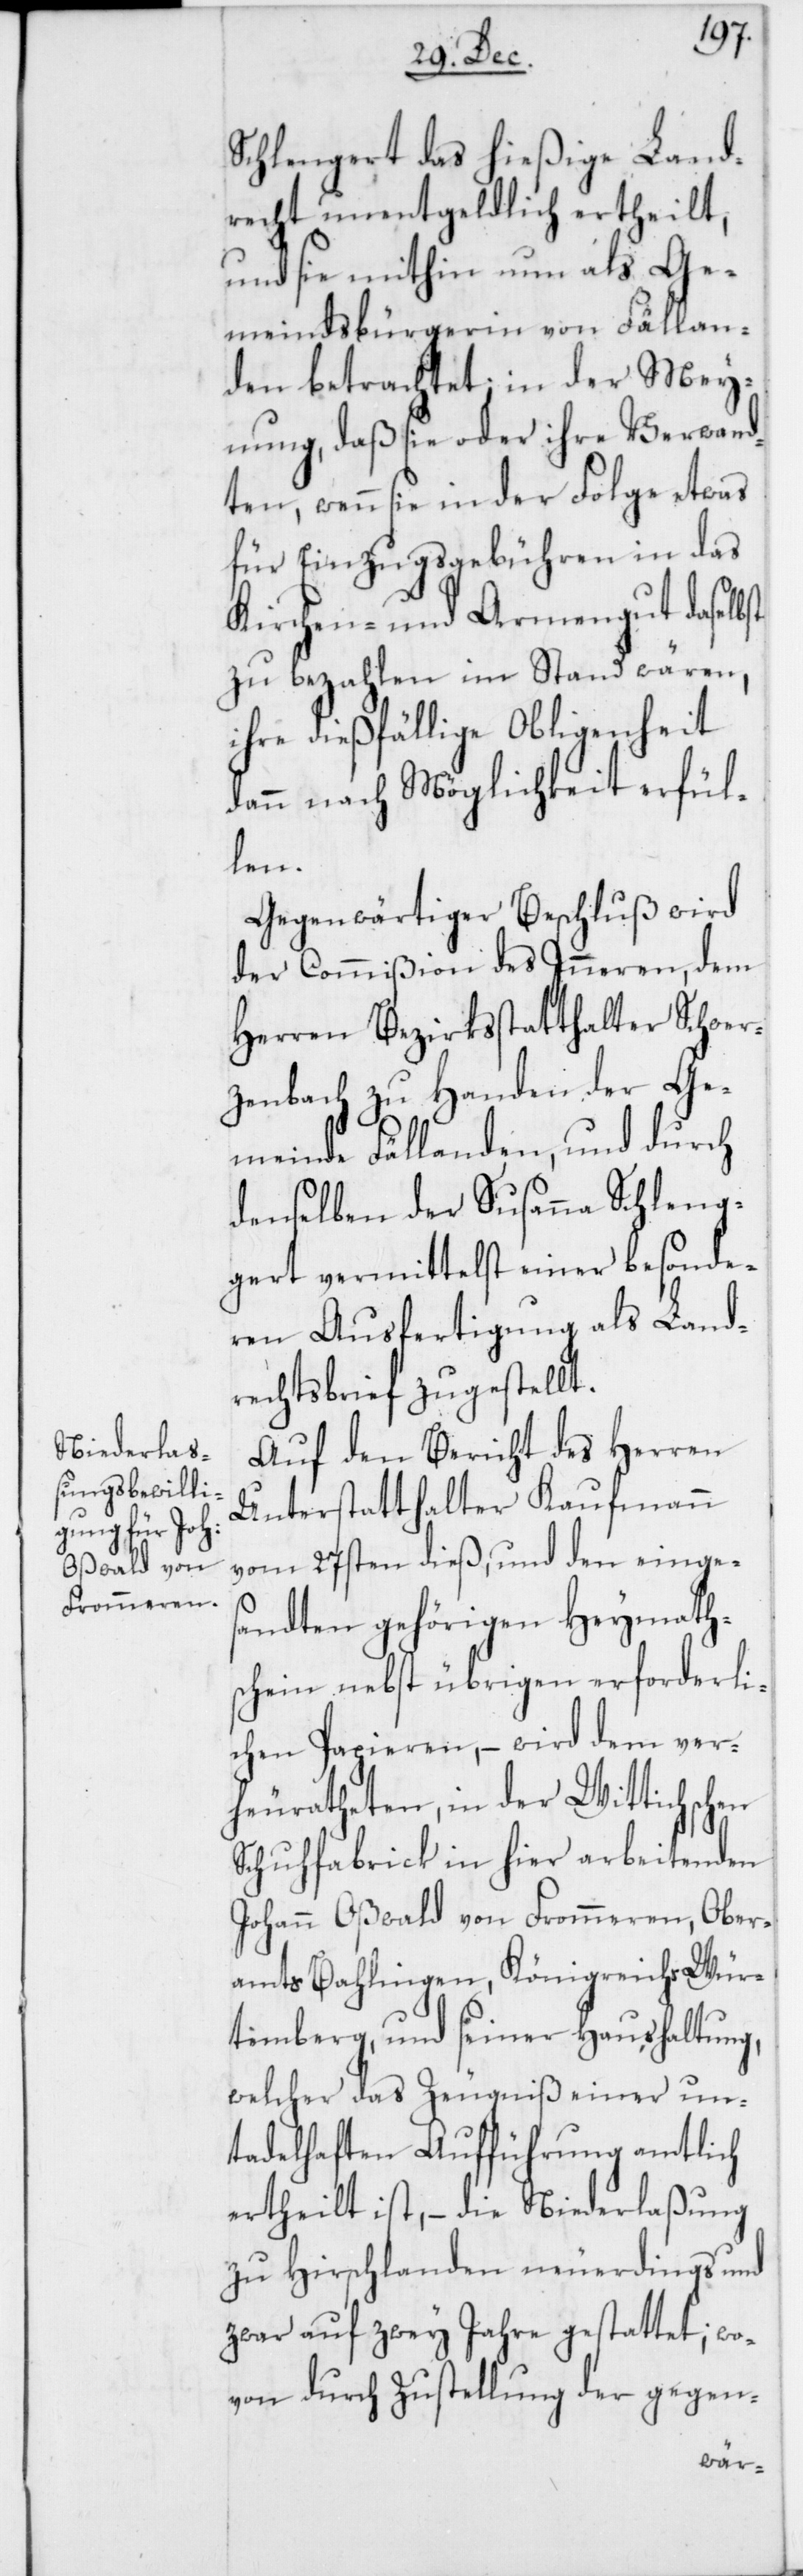
recht unentgeldlich ertheilt,
und sie mithin nun als Ge¬
meindsbürgerin von Fällan¬
den betrachtet, in der Mey¬
nung, daß sie oder ihre Verwand¬
ten, wenn sie in der Folge etwas
für Einzugsgebühren in das
Kirchen- und Armengut daselbst
zu bezahlen im Stand wären,
ihre dießfällige Obliegenheit
dann nach Möglichkeit erfül¬
len.
Gegenwärtiger Beschluß wird
der Commißion des Inneren, dem
Herren Bezirksstatthalter Schwer¬
zenbach zu Handen der Ge¬
meinde Fällanden, und durch
denselben der Susanna Schleng¬
gert vermittelst einer besonde¬
ren Ausfertigung als Land¬
rechtsbrief zugestellt.
Auf den Bericht des Herren
Unterstatthalter Kaufmann
vom 27sten dieß, und den einges¬
andten gehörigen Heymath¬
schein nebst übrigen erforderli¬
chen Papieren, – wird dem ver¬
heiratheten, in der Wittichschen
Schuhfabrick in hier arbeitenden
Johann Oßwald von Frommeren, Ober¬
amts Bahlingen, Königreich Wür¬
temberg, und seiner Haushaltung,
welcher das Zeugniß einer un¬
tadelhaften Aufführung amtlich
ertheilt ist, – die Niederlaßung
zu Hirschlanden neuerdings und
zwar auf zwey Jahre gestattet; wo¬
von durch Zustellung der gegen-
Land¬